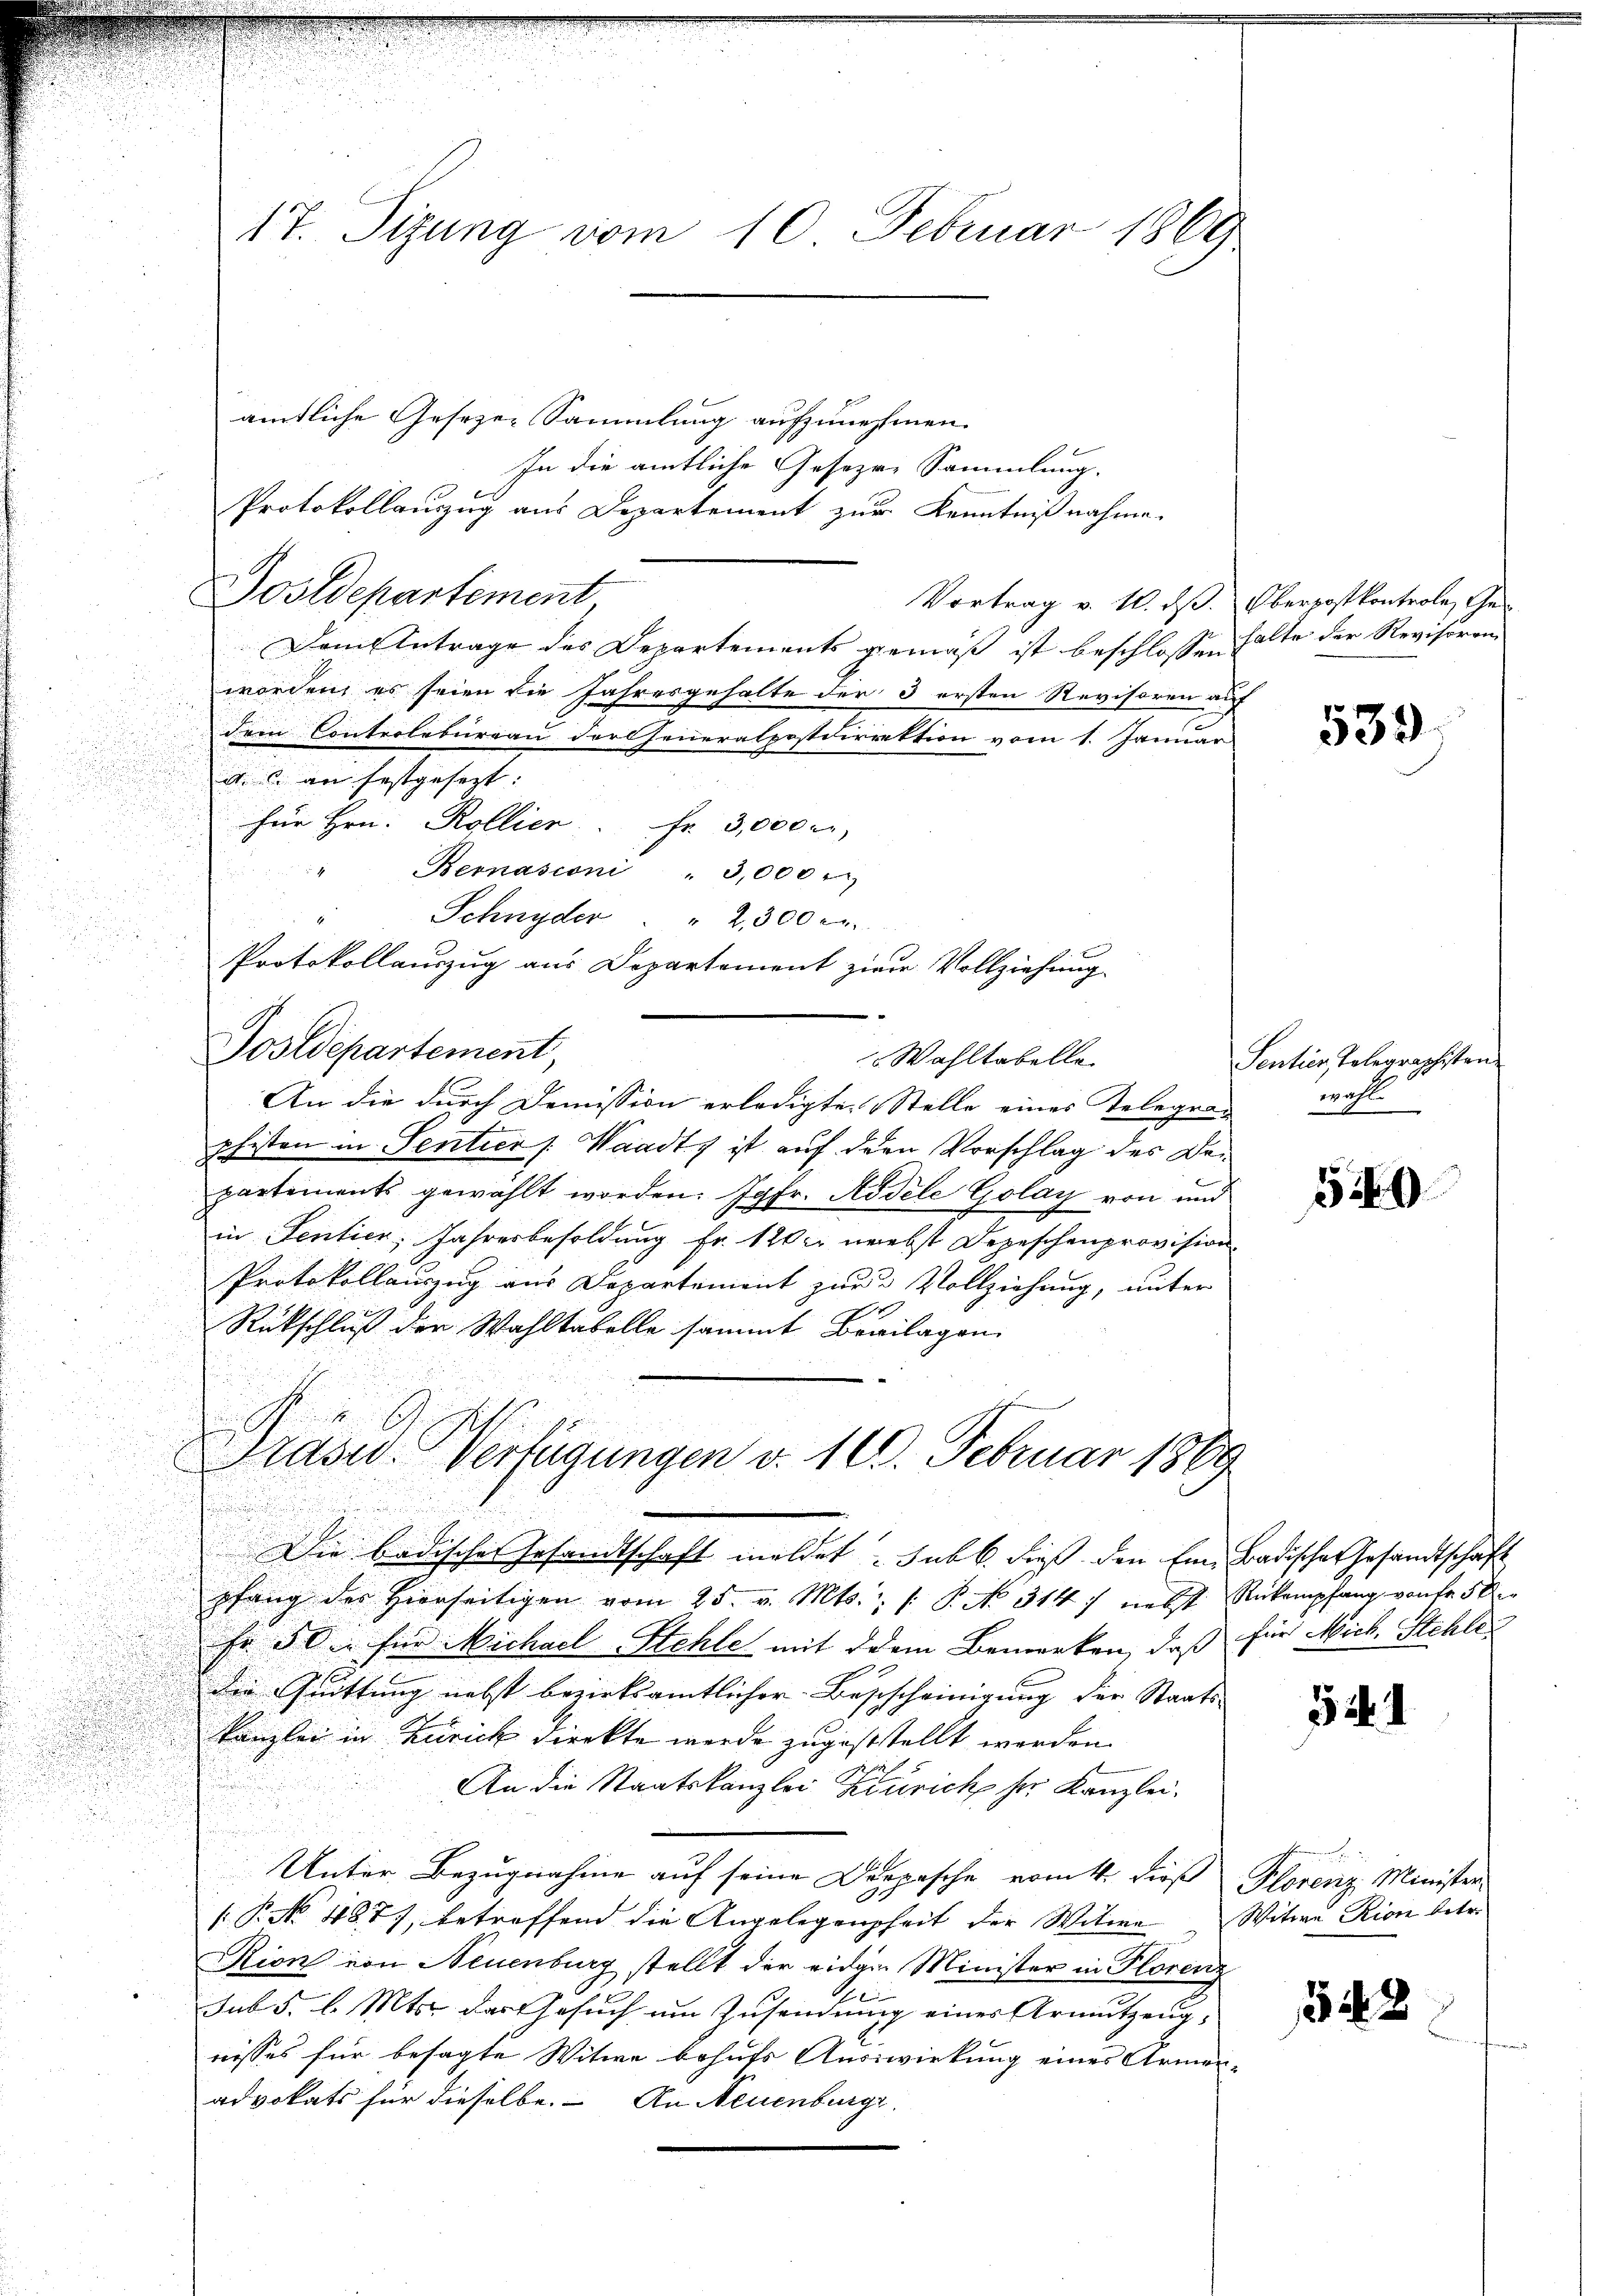
amtliche Gesezen Sammlung aufzunehmen.
In die amtliche Gesezere Sammlung.
Protokollauszug aus Departement zur Kenntnißnahme.
Tostdepartement
Vortrag v. 10. ds. Oberpostkontrole Ge¬
Dame Antrage des Departements gemäß ist beschlossen halte der Revisoren
worden, es seien die Jahresgehalte der 3 ersten Revisoren auf
dem Controlbureau der Generalpostdirrektion vom 1. Januar
n
a. a. an festgesezt:
für Hrn. Kollier. Fr. 3,000 r

i
Bernasconi " 3,000.
Schnyder " " 2300
Protokollauszug aus Departement zwar Vollziehung.
Postdepartement,
An die durch Demission erledigte Stelle einer Telegran
phisten in Sentier /: Waadt, ist auf dern Vorschlag des Departements gewählt worden. Jgfr. Rodele Golay von und
in Sentier, Jahresbesoldung Fr. 120 nebst Depeschenprovision
Protokollauszug aus Departement zur Vollziehung, unter
Rückschluß der Wahltabelle sammt Breilagen
Prasw. Verfügungen v. 16. Februar 1869

E
Die badische Gesandtschaft meldet sub b. dieß den Ein Badische Gesandtschaft
pfang des hierseitigen vom 25. v. Mts. 1. P. No 314/ nebst Rückempfang von fr. 50
Fr 5. Die für Michael Stehle mit dem Bemerken, daß für Mich. Schle
die Quittung nebst bezirksamtlicher Beschcheinigung der Staats-
Kanzlei in Zürich direkte werde zugeststellt werden.
An die Staatskanzlei Kinrich ser Kanzlei¬
Unter Bezugnahme auf seine Dorpasche vom 4. dieß Florenz Minister
P. 4877, betreffend die Angelegenheit der Witwe Witwe Rion betr.
Rion von Neuenburg stellt der eidge Minister in Plorenz
sub 5. d. Mts. das Gesuch um Zusendung eines Armutzeug,
nisses für besagte Witwe behufs Auswirkung einer Armen-
advokats für dieselbe. An Neuenburge

17. Sizung vom 10. Februar 1869

Wahltabelle

539.

Sentier, Tolegraphisten
wall

50

54. 4

542